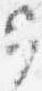
可